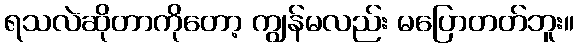
ရသလဲဆိုတာကိုတော့ ကျွန်မလည်း မပြောတတ်ဘူး။